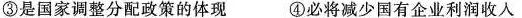
③是国家调整分配政策的体现 ④必将减少国有企业利润收入